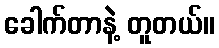
ခေါက်တာနဲ့ တူတယ်။